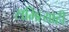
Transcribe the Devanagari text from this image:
समित्याही